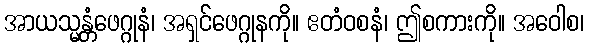
အာယသ္မန္တံဖေဂ္ဂုနံ၊ အရှင်ဖေဂ္ဂုနကို။ ဧတံဝစနံ၊ ဤစကားကို။ အဝေါစ၊